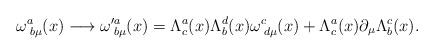
LaTeX: \begin{align*}\omega _{\;b\mu }^{a}(x)\longrightarrow \omega_{\;b\mu }^{\prime a}(x)=\Lambda_{c}^{a}(x)\Lambda _{b}^{d}(x)\omega_{\;d\mu }^{c}(x)+\Lambda_{c}^{a}(x)\partial _{\mu }\Lambda_{b}^{c}(x). \end{align*}